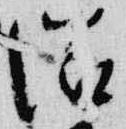
滋